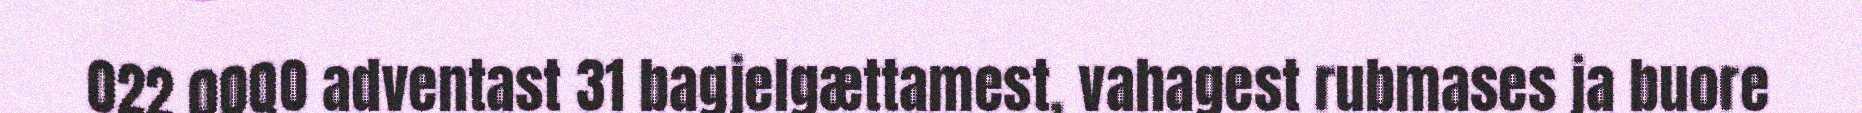
022 0OQO adventast 31 bagjelgættamest, vahagest rubmases ja buore